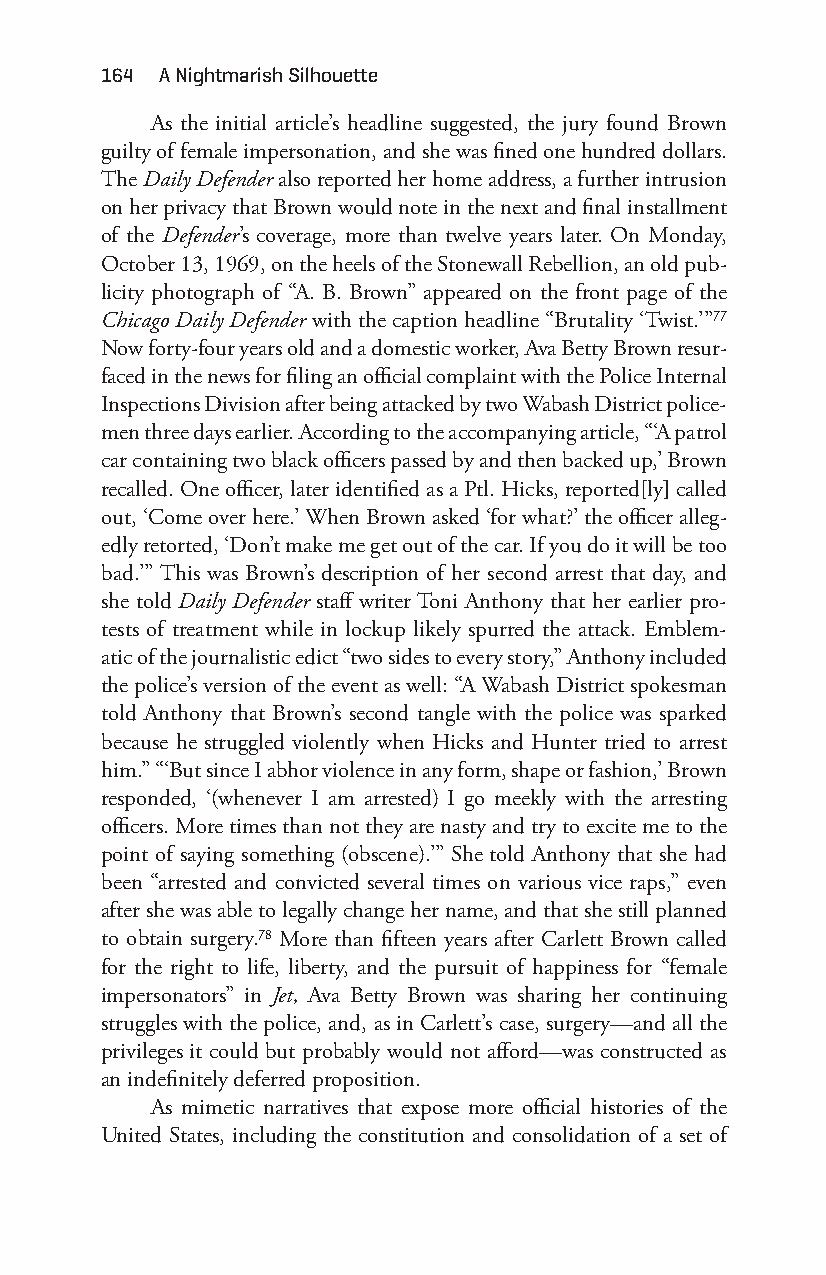
164 a nightmarish Silhouette
 As the initial article’s headline suggested, the jury found Brown
 guilty of female impersonation, and she was fined one hundred dollars.
 The Daily Defender also reported her home address, a further intrusion
 on her privacy that Brown would note in the next and final installment
 of the Defender’s coverage, more than twelve years later. On Monday,
 October 13, 1969, on the heels of the Stonewall Rebellion, an old pub-
 licity photograph of “A. B. Brown” appeared on the front page of the
 Chicago Daily Defender with the caption headline “Brutality ‘Twist.’”77
 Now forty- four years old and a domestic worker, Ava Betty Brown resur-
 faced in the news for filing an official complaint with the Police Internal
 Inspections Division after being attacked by two Wabash District police-
 men three days earlier. According to the accompanying article, “‘A patrol
 car containing two black officers passed by and then backed up,’ Brown
 recalled. One officer, later identified as a Ptl. Hicks, reported[ly] called
 out, ‘Come over here.’ When Brown asked ‘for what?’ the officer alleg-
 edly retorted, ‘Don’t make me get out of the car. If you do it will be too
 bad.’” This was Brown’s description of her second arrest that day, and
 she told Daily Defender staff writer Toni Anthony that her earlier pro-
 tests of treatment while in lockup likely spurred the attack. Emblem-
 atic of the journalistic edict “two sides to every story,” Anthony included
 the police’s version of the event as well: “A Wabash District spokesman
 told Anthony that Brown’s second tangle with the police was sparked
 because he struggled violently when Hicks and Hunter tried to arrest
 him.” “‘But since I abhor violence in any form, shape or fashion,’ Brown
 responded, ‘(whenever I am arrested) I go meekly with the arresting
 officers. More times than not they are nasty and try to excite me to the
 point of saying something (obscene).’” She told Anthony that she had
 been “arrested and convicted several times on various vice raps,” even
 after she was able to legally change her name, and that she still planned
 to obtain surgery.78 More than fifteen years after Carlett Brown called
 for the right to life, liberty, and the pursuit of happiness for “female
 impersonators” in Jet, Ava Betty Brown was sharing her continuing
 struggles with the police, and, as in Carlett’s case, surgery— and all the
 privileges it could but probably would not afford—w as constructed as
 an indefinitely deferred proposition.
 As mimetic narratives that expose more official histories of the
 United States, including the constitution and consolidation of a set of
 Snorton.indd 164                            29/09/2017 8:41:07 AM